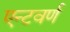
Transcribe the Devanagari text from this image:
एन्टवर्ण